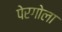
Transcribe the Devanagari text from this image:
पेरगोला